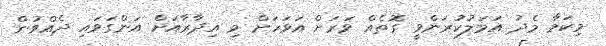
މިކަމާ މެދު އަމަލުކުރަންވީ ގޮތެއް ވަރަށް އަވަހަށް މި އިދާރާއަށް އަންގަވައި ދެއްވުން